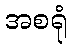
အစရုံ